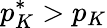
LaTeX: p_{K}^{*}>p_{K}